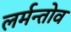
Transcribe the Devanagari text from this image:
लर्मन्तोव